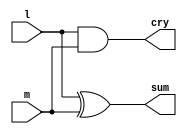
module hadd(sum,cry,l,m); 
 input l,m;  
 output sum,cry;  
 wire sum,cry;  assign sum = (l^m);  assign cry = (l&m);
 endmodule